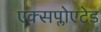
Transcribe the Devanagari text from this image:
एक्सप्लोएटेड